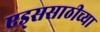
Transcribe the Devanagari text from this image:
एड्ससाठीच्या